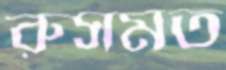
রুসমত